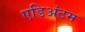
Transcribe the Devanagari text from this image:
एडिअंटम